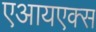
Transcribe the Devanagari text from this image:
एआयएक्स